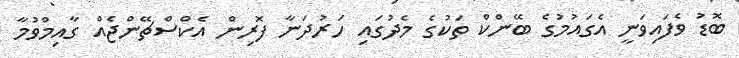
ބޮޑު ވެފައިވަނީ އެގައުމުގެ ބޭންކް ތަކުގެ މެދުގައި ހަރުދަނާ ފޮރިން އެކްސްޗޭންޖެއް ގާއިމްވުމާ